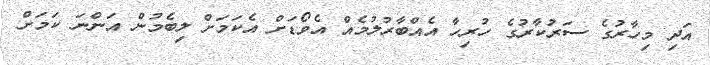
އަދި މިހާރުގެ ސަރުކާރުގެ ހުރިހާ އެއްބާރުލުމެއް އެވޯޑަށް އެކަމަށް ލިބެމުން އަންނަ ކަމަށް